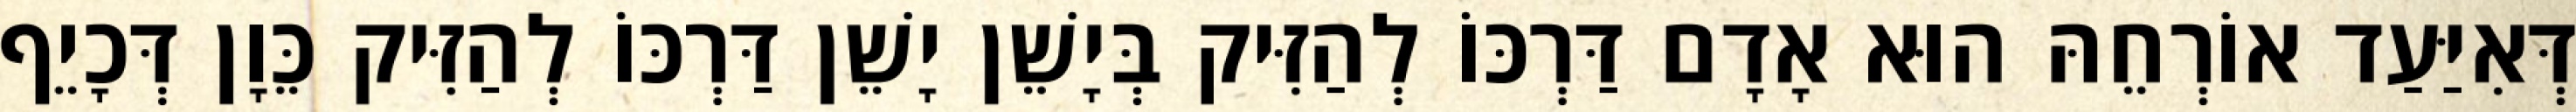
דְּאִיַּעַד אוֹרְחֵהּ הוּא אָדָם דַּרְכּוֹ לְהַזִּיק בְּיָשֵׁן יָשֵׁן דַּרְכּוֹ לְהַזִּיק כֵּוָן דְּכָיֵף